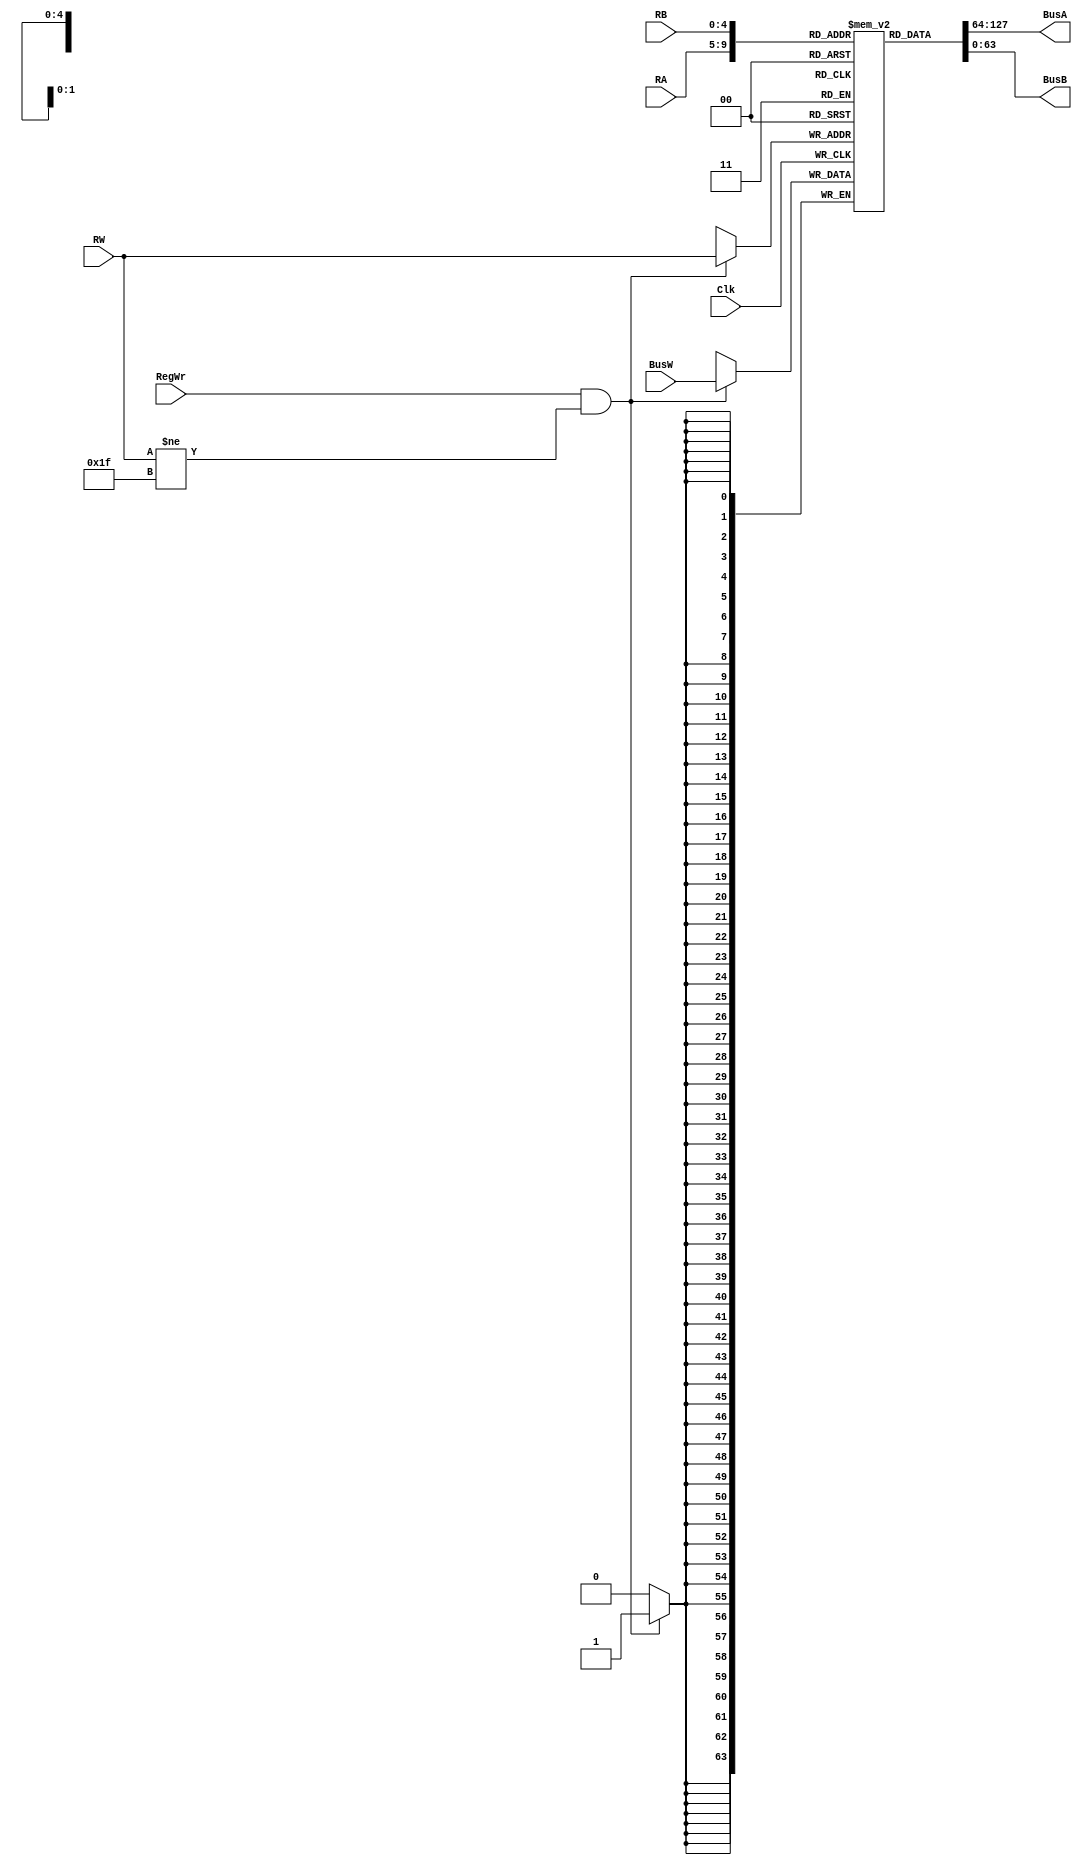
module RegisterFile(BusA, BusB, BusW, RA, RB, RW, RegWr, Clk);
	
	input [63:0] BusW;
	input [4:0] RA, RB, RW; // provides enough bits for all registers
	input RegWr, Clk;

	output  [63:0] BusA;
	output 	[63:0] BusB;

	reg [63:0] registers [31:0]; // 32 64-bit registers



	initial registers[31] <= 64'b0; // set 31st register to 0

	assign #2 BusA = registers[RA]; // pass to BusA with 2 tic delay
	assign #2 BusB = registers[RB]; // pass to BusB with 2 tic delay

	always@(negedge Clk) begin
		if (RegWr && RW != 31) 
		begin
			registers[RW] <= #3 BusW; // delay of 3 tics as instructed
		end
	end

endmodule